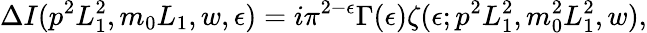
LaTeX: \Delta I(p^{2}L_{1}^{2},m_{0}L_{1},w,\epsilon)=i\pi^{2-\epsilon}\Gamma(\epsilon)\zeta(\epsilon;p^{2}L_{1}^{2},m_{0}^{2}L_{1}^{2},w),